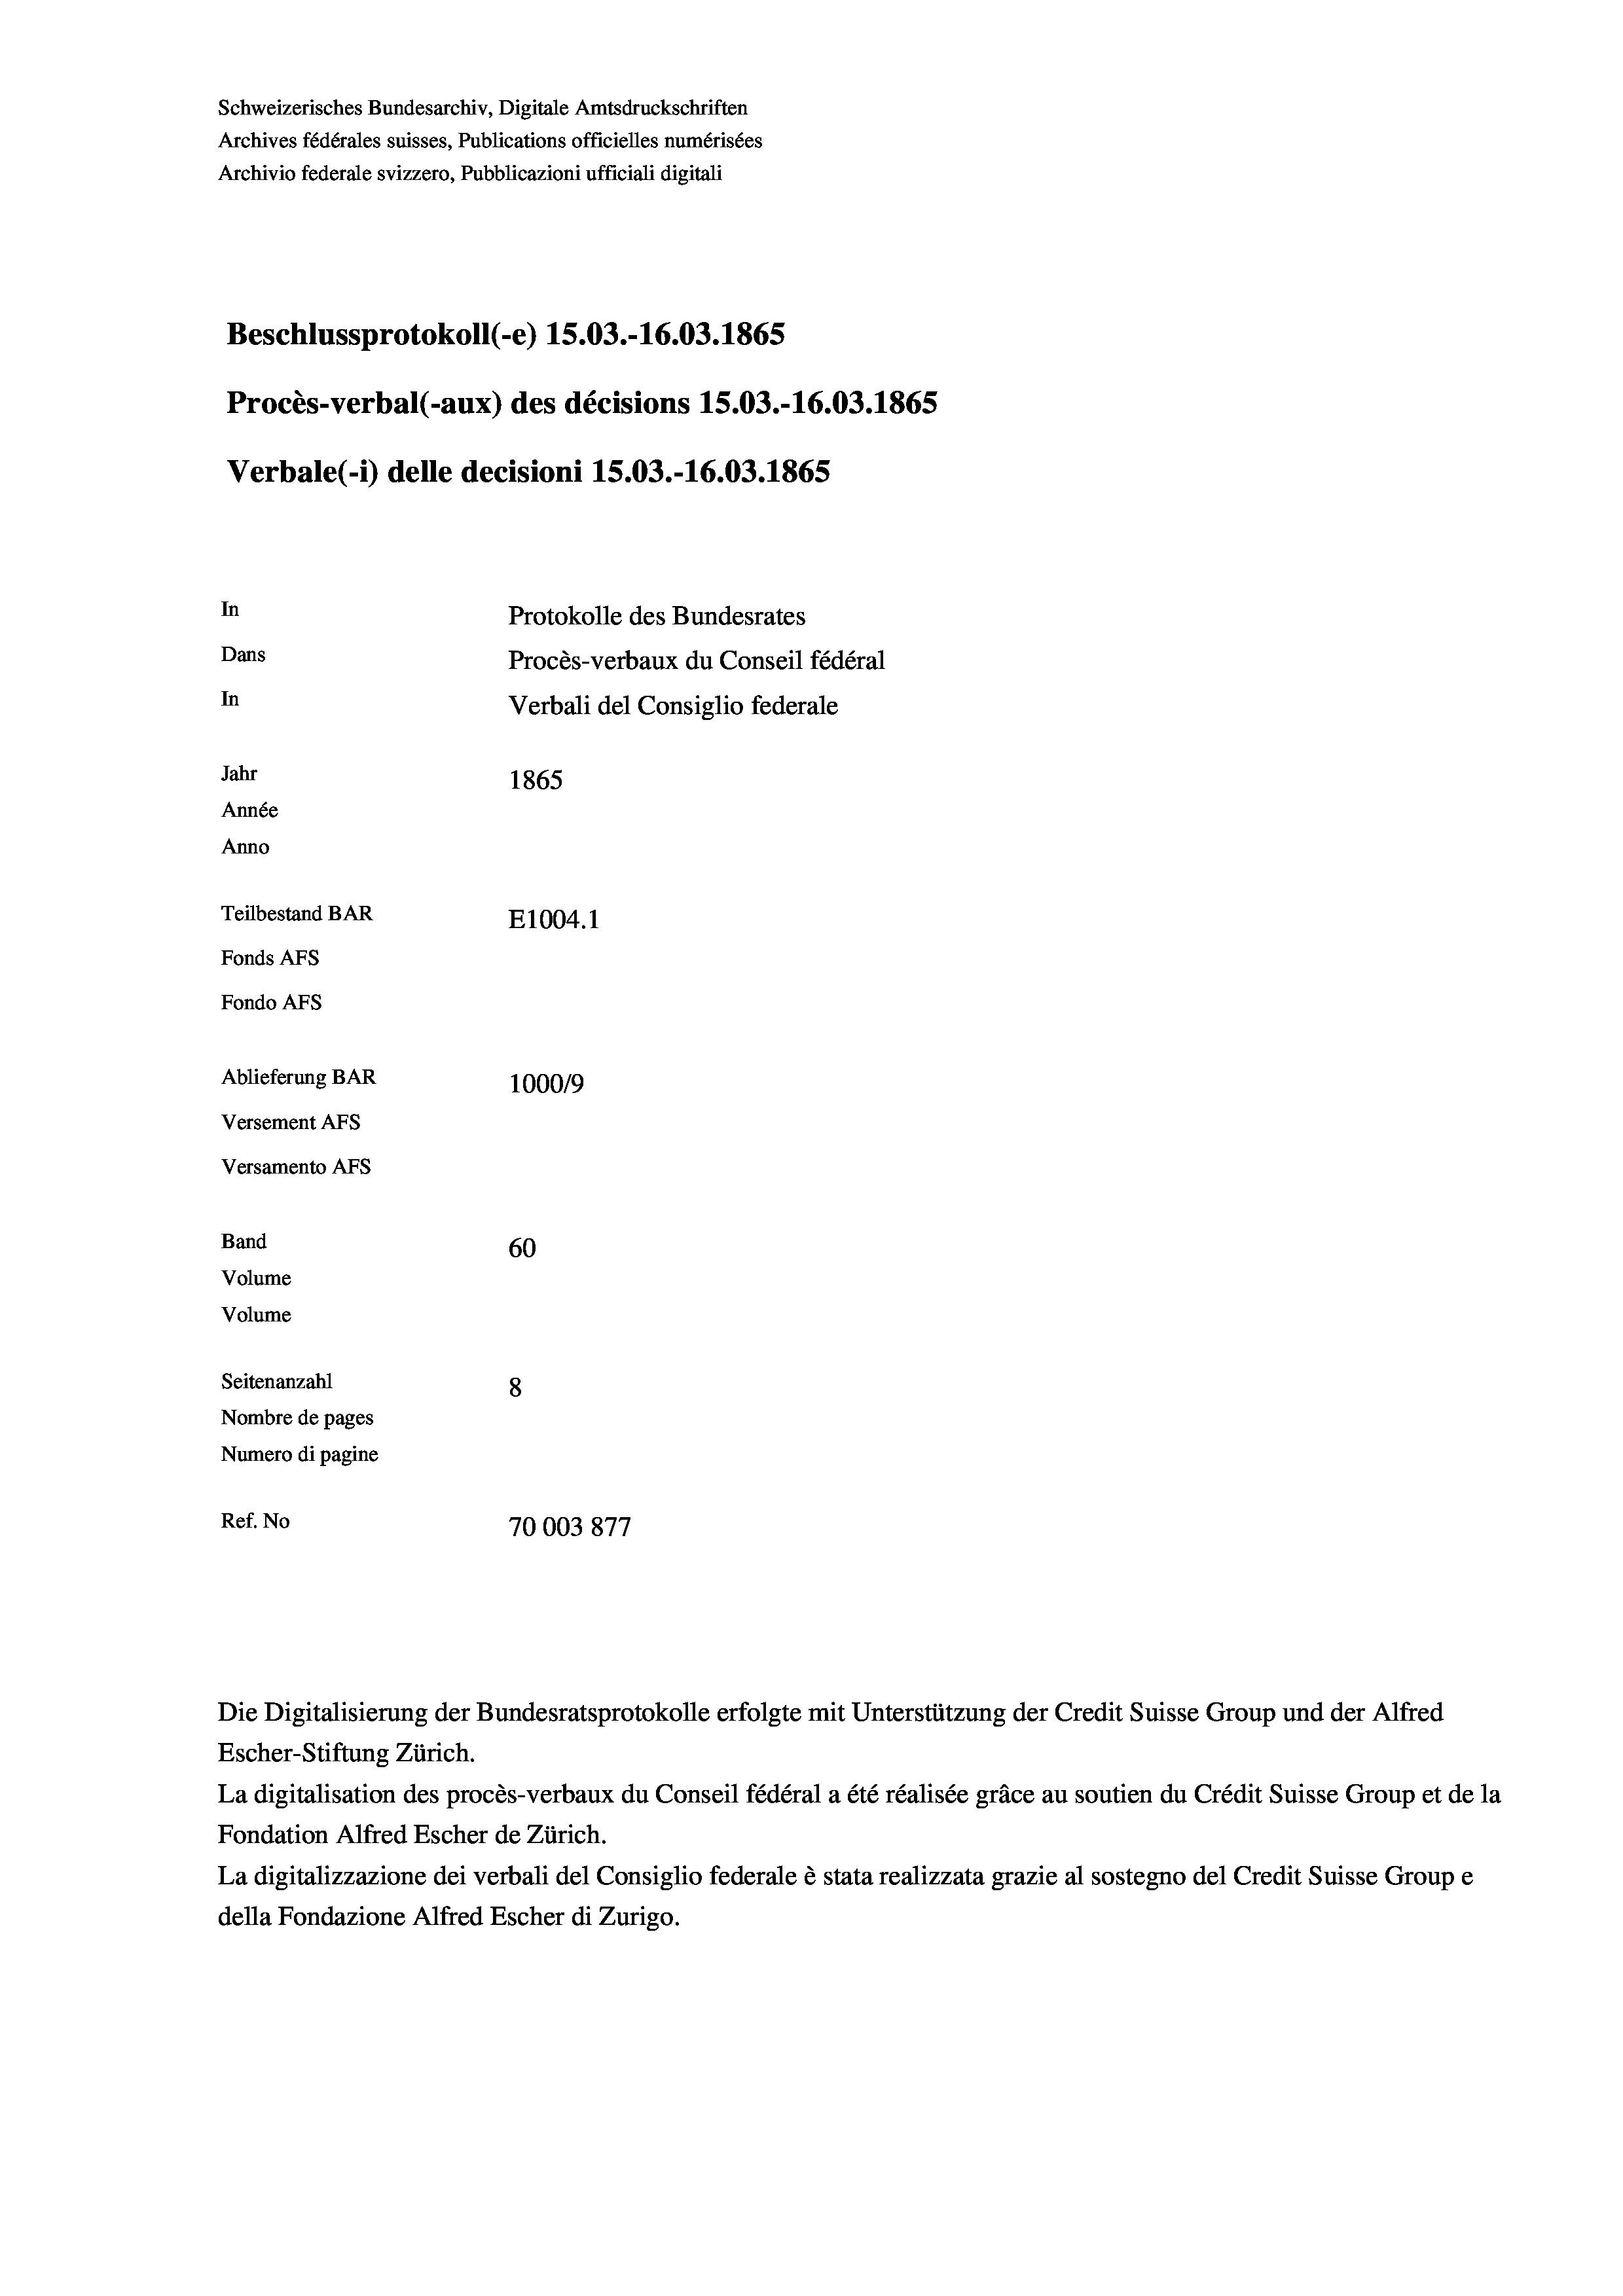
Schweizerisches Bundesarchiv, Digitale Amtsdruckschriften
Archives fédérales suisses, Publications officielles numérisées
Archivio federale svizzero, Pubblicazioni ufficiali digitali
Beschlussprotokoll (-e) 15.03.-16.03. 1865
Procès-verbal (-aux) des décisions 15.03.-16.03. 1865
Verbale(-*) delle decisioni 15.03.-16.03. 1865
In
Protokolle des Bundesrates
Dans
Procès-verbaux du Conseil fédéral
In
Verbali del Consiglio federale
Jahr
1865
Année
Anno
Teilbestand BAR
E1004.1
Fonds AFs
Fondo Afs
Ablieferung BAR
100019
Versement AFs
Versamento AFs

Band
Volume
Volume

60
Seitenanzahl
8
Nombre de pages
Numero di pagine
Ref. No
70003877

Escher-Stiftung Zürich.
La digitalisation des procès-verbaux du Conseil fédéral a été réalisée gräce au soutien du Crédit Suisse Group et de la
Fondation Alfred Escher de Zürich.
La digitalizzazione dei verbali del Consiglio federale è stata realizzata grazie al sostegno del Credit Suisse Groupe
della Fondazione Alfred Escher di Zurigo.

Die Digitalisierung der Bundesratsprotokolle erfolgte mit Unterstützung der Credit Suisse Group und der Alfred